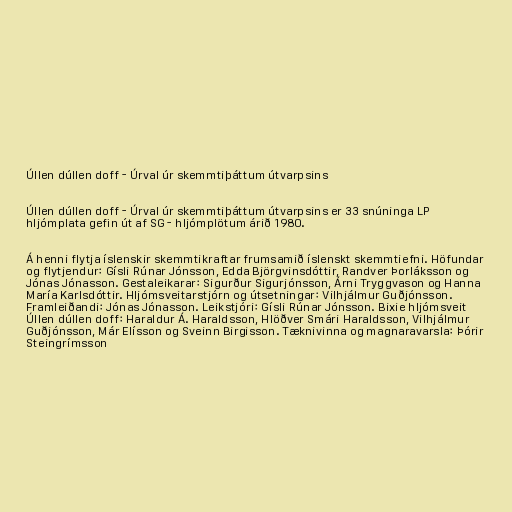
Úllen dúllen doff - Úrval úr skemmtiþáttum útvarpsins

Úllen dúllen doff - Úrval úr skemmtiþáttum útvarpsins er 33 snúninga LP
hljómplata gefin út af SG - hljómplötum árið 1980.

Á henni flytja íslenskir skemmtikraftar frumsamið íslenskt skemmtiefni. Höfundar
og flytjendur: Gísli Rúnar Jónsson, Edda Björgvinsdóttir, Randver Þorláksson og
Jónas Jónasson. Gestaleikarar: Sigurður Sigurjónsson, Árni Tryggvason og Hanna
María Karlsdóttir. Hljómsveitarstjórn og útsetningar: Vilhjálmur Guðjónsson.
Framleiðandi: Jónas Jónasson. Leikstjóri: Gísli Rúnar Jónsson. Bixie hljómsveit
Úllen dúllen doff: Haraldur Á. Haraldsson, Hlöðver Smári Haraldsson, Vilhjálmur
Guðjónsson, Már Elísson og Sveinn Birgisson. Tæknivinna og magnaravarsla: Þórir
Steingrímsson